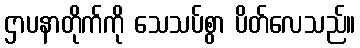
ဌာပနာတိုက်ကို သေသပ်စွာ ပိတ်လေသည်။